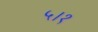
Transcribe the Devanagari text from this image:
५।१